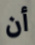
أن